Report on the bubonic plague in Bombay, 1896-1897
Year: 1896
Disease focus: Plague
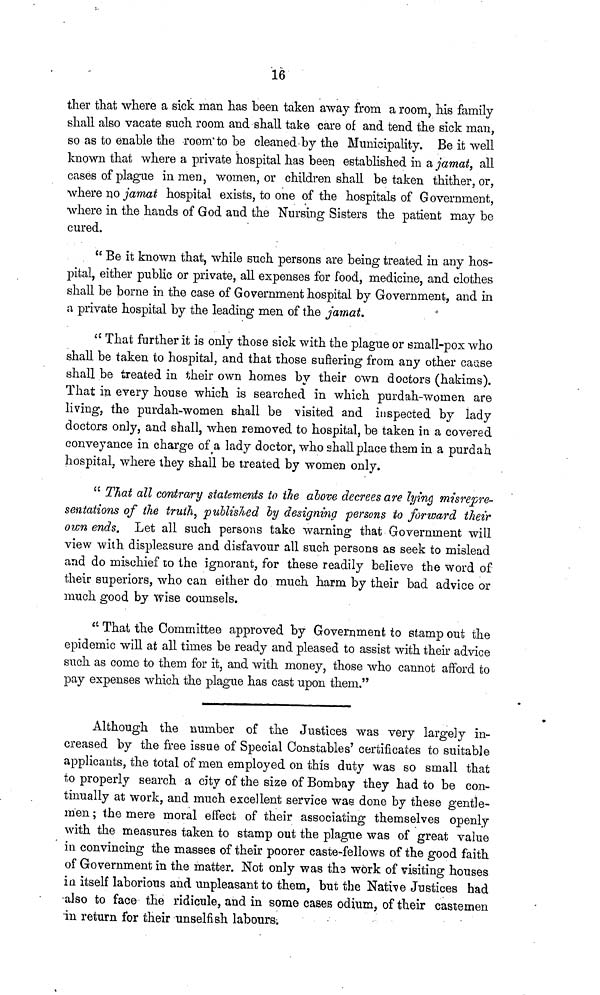
16
ther tliat where a sick man has been taken away from a room, his family-
shall also vacate such room and shall take care of and tend the sick man,
so as to enable the room to be cleaned by the Municipality. Be it well
known that where a private hospital has been established in a jamat, all
cases of plague in men, women, or children shall betaken thither, or,
where no jamat hospital exists, to one of the hospitals of Government,
where in the hands of God and the Nursing Sisters the patient may be
cured.
" Be it known that, while such persons are being treated in any hos-
pital, either public or private, all expenses for food, medicine, and clothes
shall be borne in the case of Government hospital by Government, and in
a private hospital by the leading men of the jamat.
" That further it is only those sick with the plague or small-pox who
shall be taken to hospital, and that those suftering from any other cause
shall be treated in their own homes by their own doctors (hakims).
That in every house which is searched in which purdah-women are
living, the purdah-women shall be visited and inspected by lady
doctors only, and shall, when removed to hospital, be taken in a covered
conveyance in charge of a lady doctor, who shall place them in a purdah
hospital, where they shall be treated by women only.
" That all contrary statements to the ahove decrees are lying misrepre-
sentations of the truth, published by designing persons to forward their
own ends. Let all such persons take warning that Government will
view with displeasure and disfavour all such persons as seek to mislead
and do mischief to the ignorant, for these readily believe the word of
their superiors, who can either do much harm by their bad advice or
much good by wise counsels.
" That the Committee approved by Government to stamp out the
epidemic will at all times be ready and pleased to assist with their advice
such as come to them for it, and with money, those who cannot afford to
pay expenses which the plague has cast upon them."
Although the number of the Justices was very largely in-
creased by the free issue of Special Constables' certificates to suitable
applicants, the total of men employed on this duty was so small that
to properly search a city of the size of Bombay they had to be con-
tinually at work, and much excellent service was done by these gentle-
men ; the mere moral effect of their associating themselves openly
with the measures taken to stamp out the plague was of great value
in convincing the masses of their poorer caste-fellows of the good faith
of Government in the matter. Not only was the work of visiting houses
in itself laborious and unpleasant to them, but the Native Justices had
also to face the ridicule, and in some cases odium, of their castemen
in return for their unselfish labours.